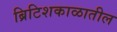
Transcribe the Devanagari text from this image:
ब्रिटिशकाळातील